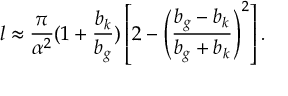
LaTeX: l \approx \frac { \pi } { \alpha ^ { 2 } } ( 1 + \frac { b _ { k } } { b _ { g } } ) \left[ 2 - \left( \frac { b _ { g } - b _ { k } } { b _ { g } + b _ { k } } \right) ^ { 2 } \right] .